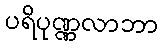
ပရိပုဏ္ဏလာဘာ